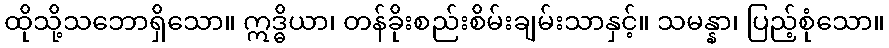
ထိုသို့သဘောရှိသော။ ဣဒ္ဓိယာ၊ တန်ခိုးစည်းစိမ်းချမ်းသာနှင့်။ သမန္နာ၊ ပြည့်စုံသော။